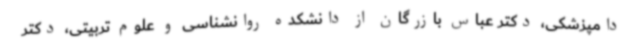
دامپزشکی، دکتر عباس بازرگان از دانشکده روانشناسی و علوم تربیتی، دکتر